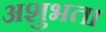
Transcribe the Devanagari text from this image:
अशुभता